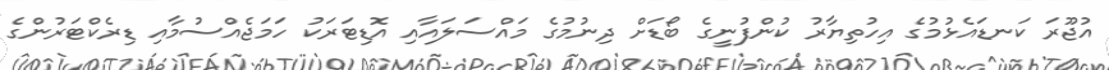
އުޖޫރަ ކަނޑައެޅުމުގެ އިހުތިޔާރު ކުންފުނީގެ ބޯޑަށް ދިނުމުގެ މައްސަލައާއި އޮޑިޓަރަކު ހަމަޖެއްސުމާއި ޑިރެކްޓަރުންގެ